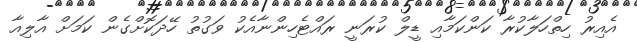
އެއިރު ހިތްހަލާކުރާ ކަންކަމާއި ޑީލް ކުރަނީ ރައްޓެހިންނާއެކު ވަގުތު ހޭދަކޮށްގެން ކަމަށް އާލިއާ